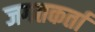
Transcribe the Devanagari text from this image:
जगतकर्ता